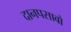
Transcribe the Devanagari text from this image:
दानपसावो